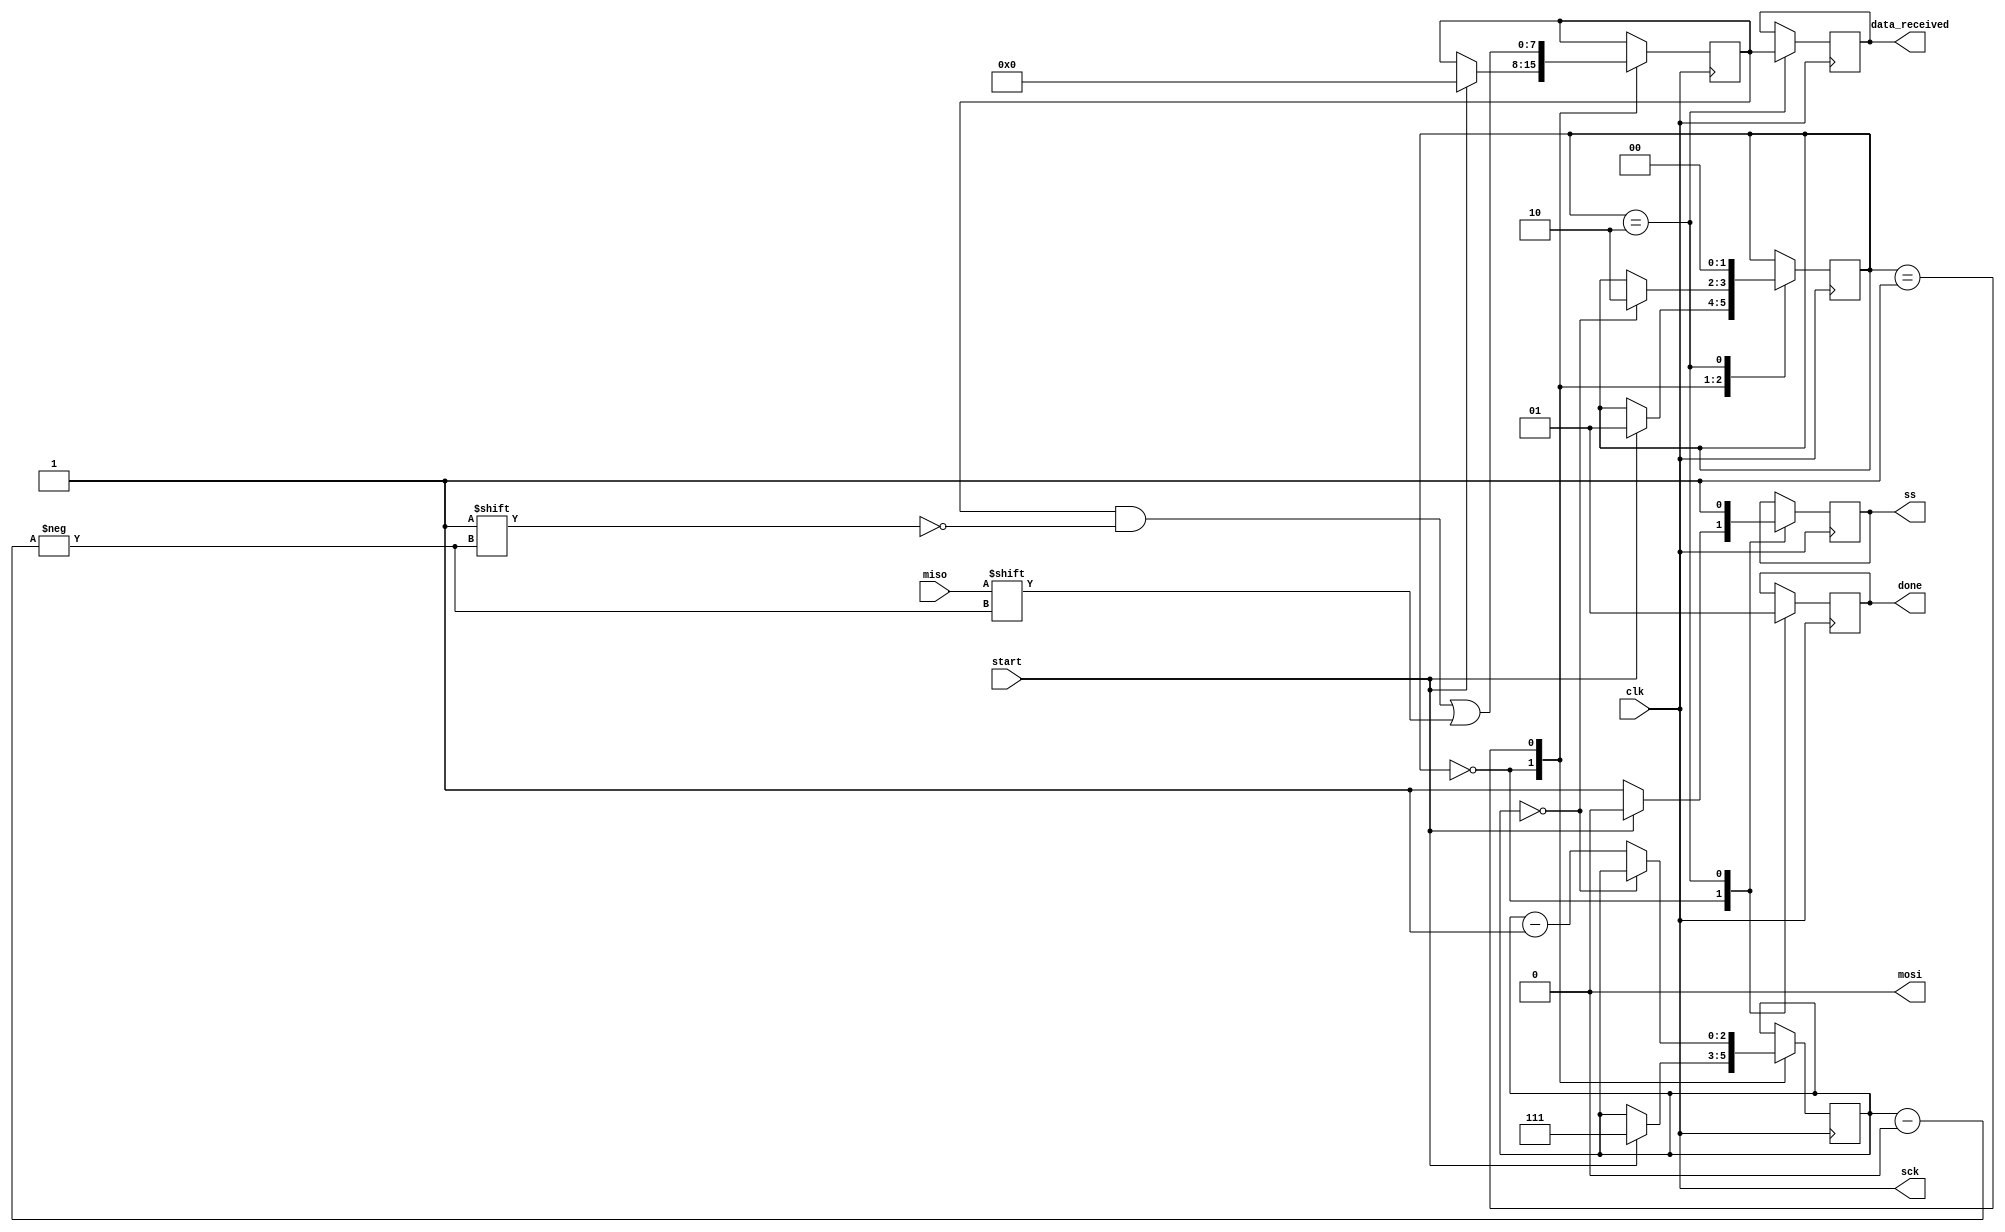

module spi_master (
    input wire clk,
    input wire start,
    output wire mosi,
    output wire sck,
    output reg ss,
    input wire miso,
    output reg [7:0] data_received,
    output reg done
);

    reg [2:0] bit_count;
    reg [7:0] shift_reg;
    reg [1:0] state;

    localparam IDLE = 2'b00,
               TRANSFER = 2'b01,
               DONE = 2'b10;

    assign sck = clk;
    assign mosi = 1'b0;

    always @(posedge clk) begin
        case (state)
            IDLE: begin
                done <= 1'b0;
                ss <= 1'b1;
                if (start) begin
                    state <= TRANSFER;
                    bit_count <= 3'b111;
                    shift_reg <= 8'b0;
                    ss <= 1'b0;
                end
            end
            
            TRANSFER: begin
                shift_reg[bit_count] <= miso; 
                if (bit_count == 3'b000) begin
                    state <= DONE;
                end else begin
                    bit_count <= bit_count - 1;
                end
            end
            
            DONE: begin
                data_received <= shift_reg;
                done <= 1'b1;
                ss <= 1'b1;
                state <= IDLE;
            end
        endcase
    end

endmodule